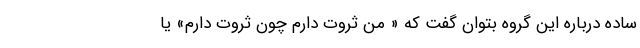
ساده درباره این گروه بتوان گفت که « من ثروت دارم چون ثروت دارم» یا